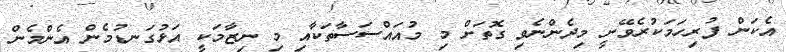
އެކަން ފުރިހަމަކުރެވޭނީ މިދެންނެވި ގޮތަށް މި މުއައްސަސާތަކާއި މި ނިޒާމަކީ އަޅުގަނޑުމެން އެންމެން